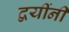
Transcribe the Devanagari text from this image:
द्वयींनी